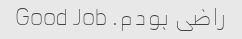
راضی بودم. Good Job